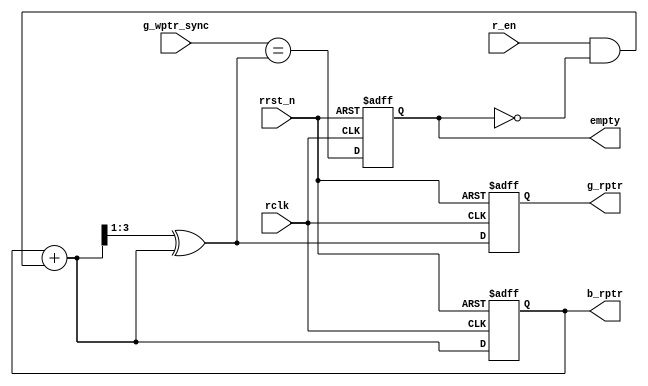
module rptr_handler #(parameter PTR_WIDTH=3) (
//   input rclk, rrst_n, r_en,
//   input [PTR_WIDTH:0] g_wptr_sync,
//   output reg [PTR_WIDTH:0] b_rptr, g_rptr,
//   output reg empty
// );

//   reg [PTR_WIDTH:0] b_rptr_next;
//   reg [PTR_WIDTH:0] g_rptr_next;

//   assign b_rptr_next = b_rptr+(r_en & !empty);
//   assign g_rptr_next = (b_rptr_next >>1)^b_rptr_next;
//   assign rempty = (g_wptr_sync == g_rptr_next);
  
//   always@(posedge rclk or negedge rrst_n) begin
//     if(!rrst_n) begin
//       b_rptr <= 0;
//       g_rptr <= 0;
//     end
//     else begin
//       b_rptr <= b_rptr_next;
//       g_rptr <= g_rptr_next;
//     end
//   end
  
//   always@(posedge rclk or negedge rrst_n) begin
//     if(!rrst_n) empty <= 1;
//     else        empty <= rempty;
//   end
// endmodule
module rptr_handler #(parameter PTR_WIDTH=3) (
  input rclk, rrst_n, r_en,
  input [PTR_WIDTH:0] g_wptr_sync,
  output reg [PTR_WIDTH:0] b_rptr, g_rptr,
  output reg empty
);
// Definition of the rptr_handler module.
// This module handles the read pointer behavior in an asynchronous FIFO.

  reg [PTR_WIDTH:0] b_rptr_next;
  reg [PTR_WIDTH:0] g_rptr_next;
  // Declare registers for the next values of the read pointers.

  assign b_rptr_next = b_rptr + (r_en & !empty);
  // Calculate the next value of the delayed read pointer (b_rptr_next).
  // The read pointer advances when read enable (r_en) is asserted, and the FIFO is not empty.

  assign g_rptr_next = (b_rptr_next >> 1) ^ b_rptr_next;
  // Calculate the next value of the global read pointer (g_rptr_next).
  // The global read pointer is used for synchronization with the write clock domain.
  // It implements a gray counter for more robust synchronization.

  assign rempty = (g_wptr_sync == g_rptr_next);
  // Determine whether the FIFO is empty in the read clock domain by comparing
  // the synchronized write pointer (g_wptr_sync) with the next global read pointer (g_rptr_next).

  always@(posedge rclk or negedge rrst_n) begin
    // This is a synchronous always block sensitive to the positive edge of 'rclk'
    // and the negative edge of 'rrst_n' (active-low reset).

    if (!rrst_n) begin
      // Check if the reset signal 'rrst_n' is low (active-low reset).

      b_rptr <= 0;
      // If the reset signal is asserted, reset the delayed read pointer 'b_rptr' to 0.

      g_rptr <= 0;
      // Also, reset the global read pointer 'g_rptr' to 0 during the reset period.
    end
    else begin
      // If the reset signal 'rrst_n' is not asserted (high), proceed with normal operation.

      b_rptr <= b_rptr_next;
      // Update the delayed read pointer 'b_rptr' with its next value.

      g_rptr <= g_rptr_next;
      // Update the global read pointer 'g_rptr' with its next value.
    end
  end
  
  always@(posedge rclk or negedge rrst_n) begin
    // This is another synchronous always block sensitive to the positive edge of 'rclk'
    // and the negative edge of 'rrst_n' (active-low reset).

    if (!rrst_n)
      empty <= 1;
    // If the reset signal 'rrst_n' is asserted, set the 'empty' signal to 1 (indicating the FIFO is empty).
    else
      empty <= rempty;
    // Otherwise, update the 'empty' signal based on the 'rempty' signal, indicating whether the FIFO is empty.
  end
endmodule